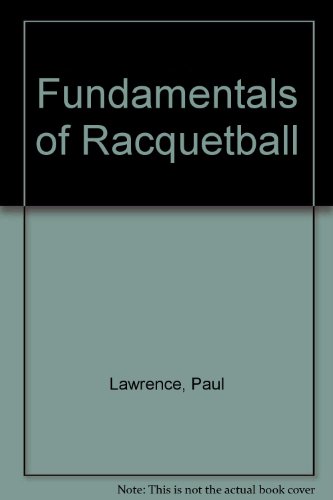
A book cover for Fundamentals of Racquetball; Paul Lawrence; Sports & Outdoors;